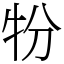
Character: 㸮